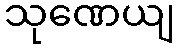
သုဏေယျ